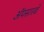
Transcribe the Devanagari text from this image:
ॲपसारखे